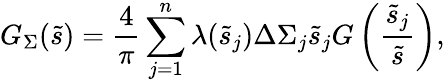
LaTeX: G_{\Sigma}(\tilde{s})=\frac{4}{\pi}\sum_{j=1}^{n}\lambda(\tilde{s}_{j})\Delta\Sigma_{j}\tilde{s}_{j}G\left(\frac{\tilde{s}_{j}}{\tilde{s}}\right),